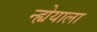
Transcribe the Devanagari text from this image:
न्ह्येयाला